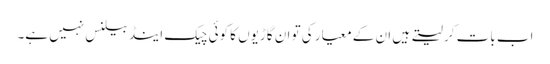
اب بات کر لیتے ہیں ان کے معیار کی تو ان گاڑیوں کا کوئی چیک اینڈ بیلنس نہیں ہے۔